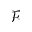
\mathcal { F }